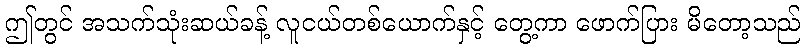
ဤတွင် အသက်သုံးဆယ်ခန့် လူငယ်တစ်ယောက်နှင့် တွေ့ကာ ဖောက်ပြား မိတော့သည်